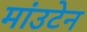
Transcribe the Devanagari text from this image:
मांउटेन